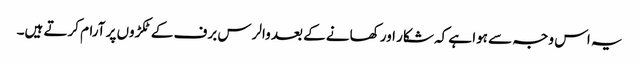
یہ اس وجہ سے ہوا ہے کہ شکار اور کھانے کے بعد والرس برف کے ٹکڑوں پر آرام کرتے ہیں۔